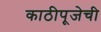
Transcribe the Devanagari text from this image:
काठीपूजेची